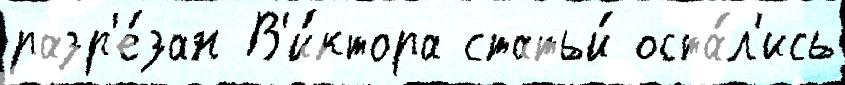
разр'е́зан В'и́ктора статьи́ оста́л'ись